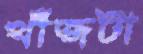
খাঁজটা